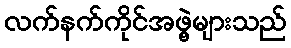
လက်နက်ကိုင်အဖွဲ့များသည်